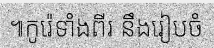
៕កូរ៉េទាំងពីរ នឹងរៀបចំ